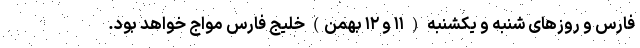
فارس و روزهای شنبه و یکشنبه ( ۱۱ و ۱۲ بهمن) خلیج فارس مواج خواهد بود.